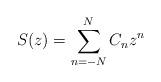
LaTeX: \begin{align*} S(z)=\sum_{n=-N}^N C_nz^n\end{align*}